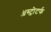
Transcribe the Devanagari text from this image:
ॲस्ट्रोटर्फ